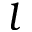
l